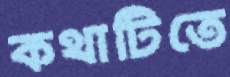
কথাটিতে